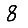
Digit: 8